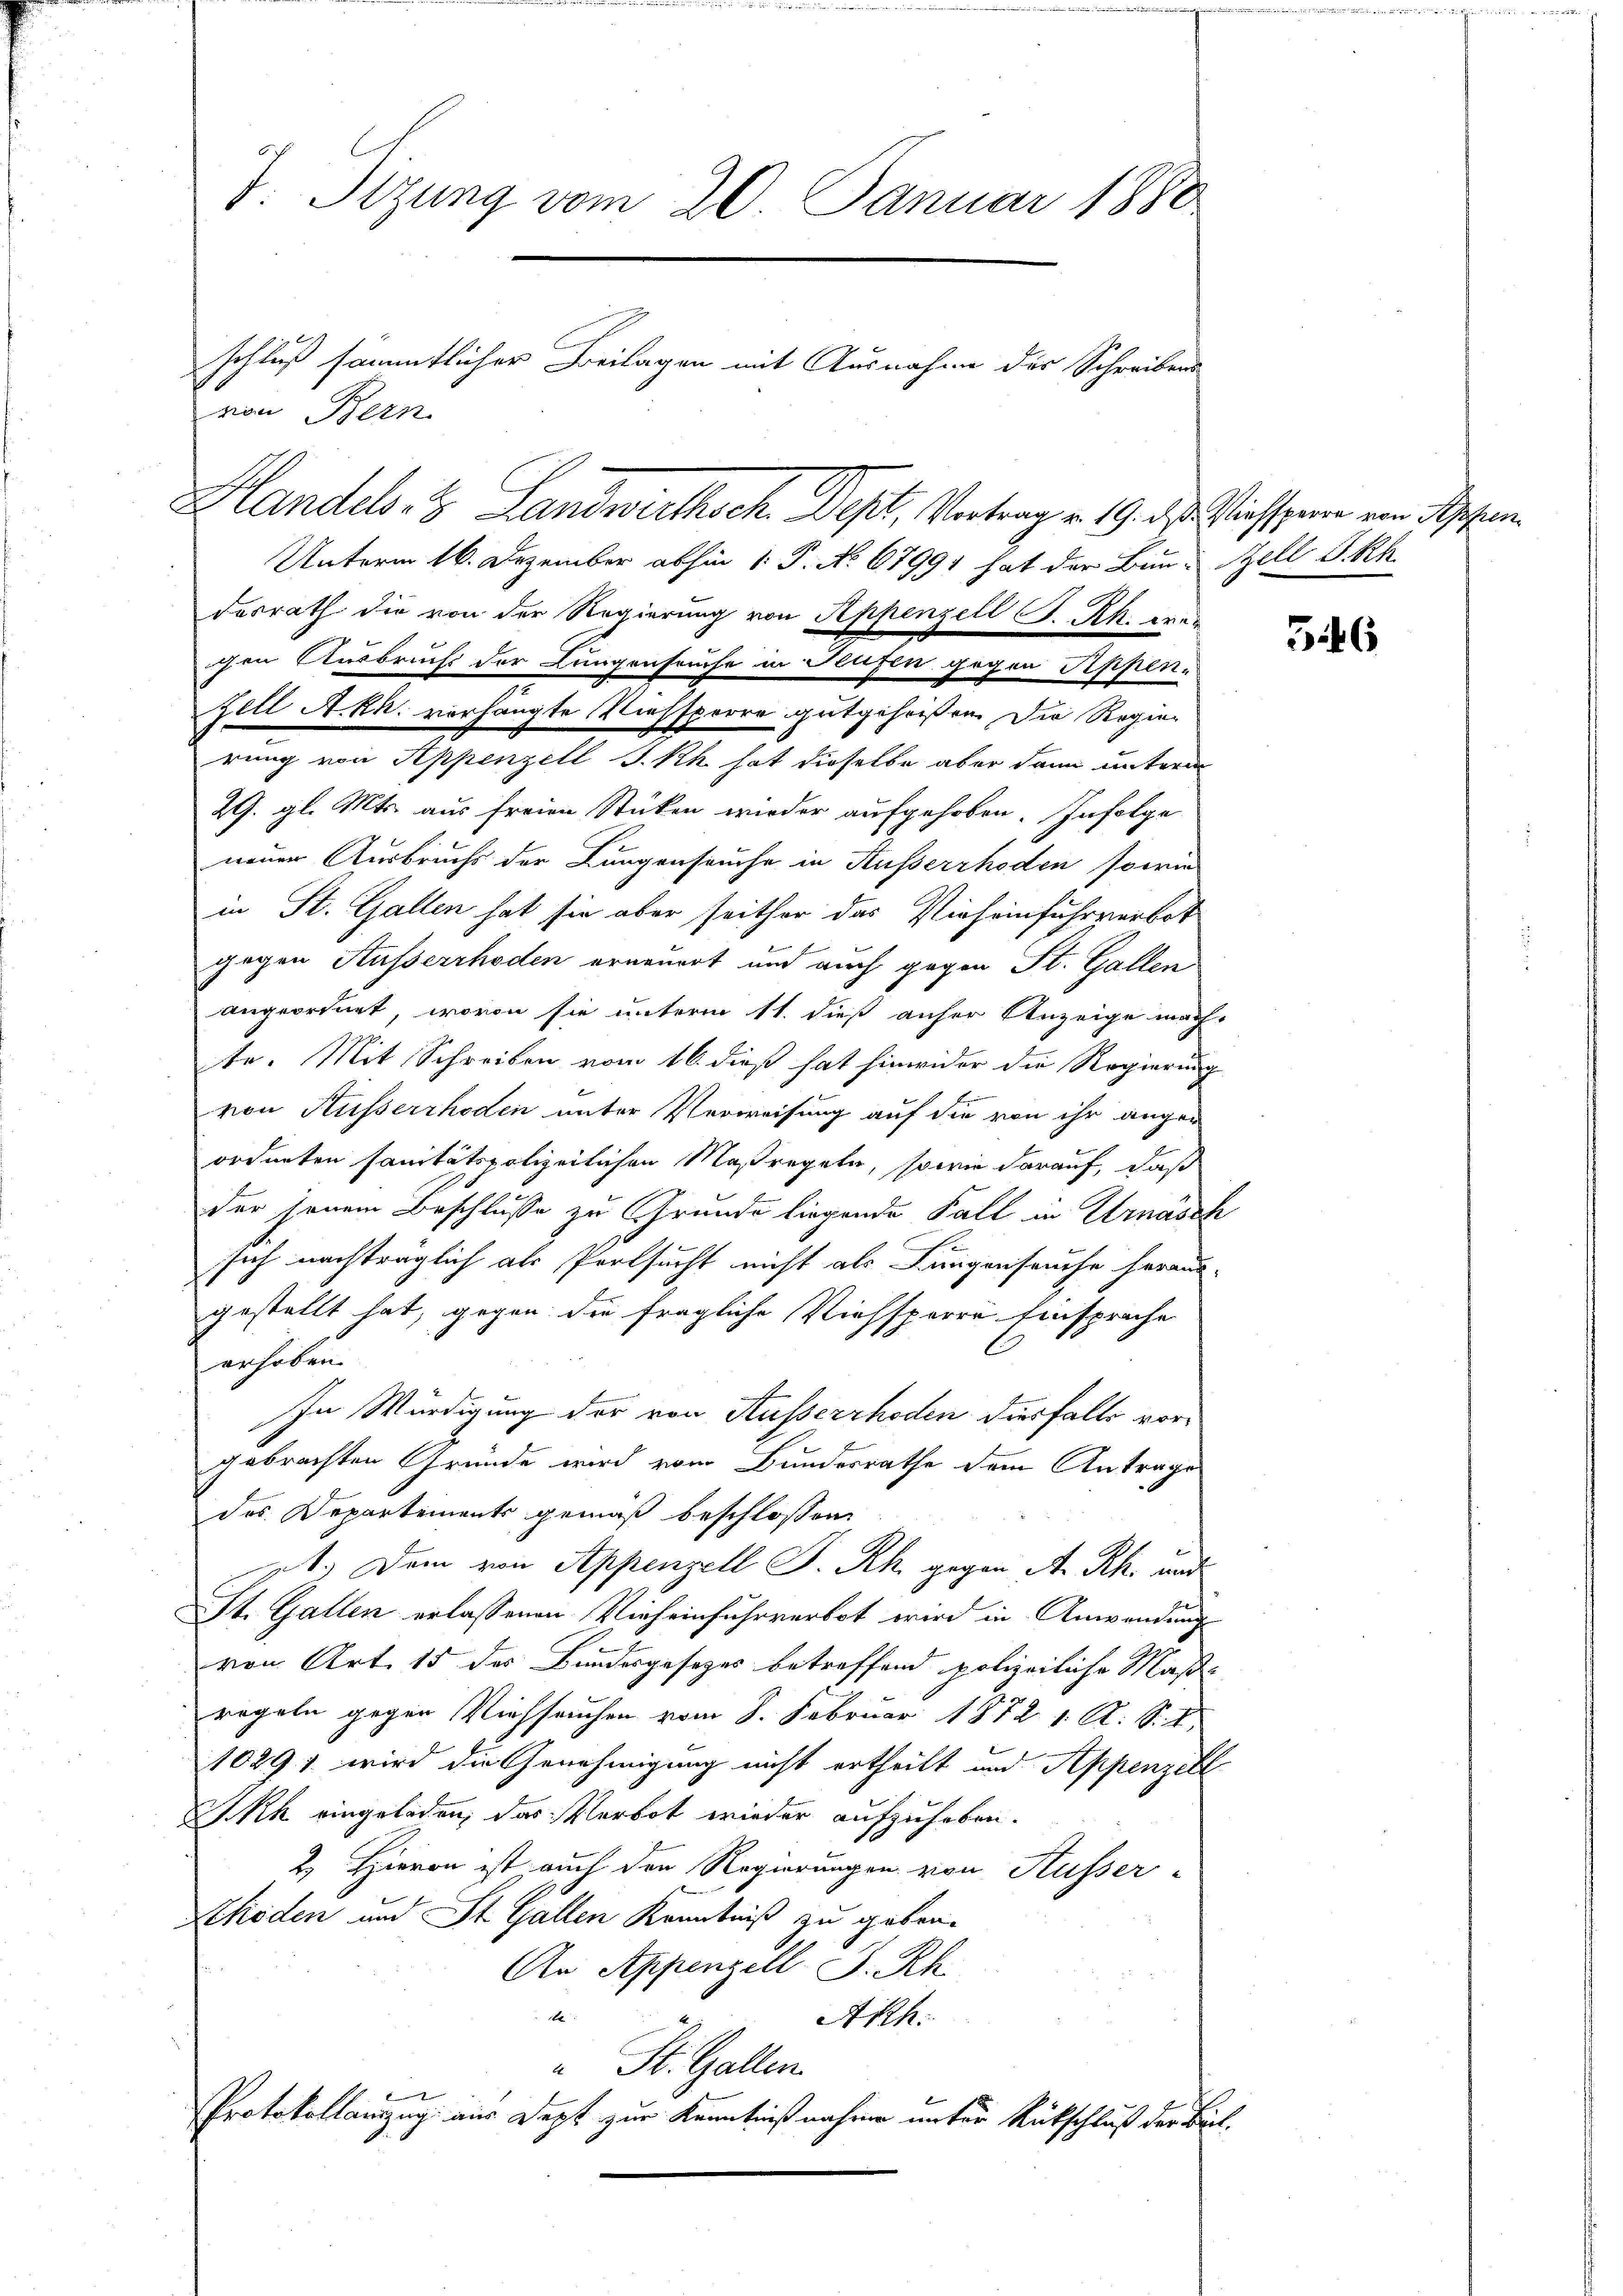
d. Sizung vom 20. Januar 1880
schluß sämmtlicher Beilagen mit Ausnahme der Schreibens
von Bern.

Handels- & Landwirthsch. Dept, Vertrag v. 19. ds. Wassene von Appen

Unterm 16. Dezember abhin 1. P. No 67991 hat der Bun-Zell I.Rh.
desrath die von der Regierung von Appenzell I.-Rk. Kre-
gen Ausbruchs der Lungenseuche in Flugen gegen Appen-
Zell A.Rh. vorhängte Niessperre gutgeheißen die Regierung von Appenzell I.Rh. hat dieselbe aber dann unterm
29. gl. Mts. aus freien Stücken wieder aufgehoben. Infolge
neuer Ausbruchs der Lungenseuche in Ausserrhoden sowie
in St. Gallen hat sie aber seither das Vieheinfuhrverbot
gegen Äusserrhoden erneuert und auch gegen St. Gallen
angeordnet, wovon sie unterm 11. dieß anher Anzeige mach
te. Mit Schreiben vom 16. dieß hat hinwider die Regierung
von Ausserrhoden unter Verweisung auf die von ihr angen
ordneten sanitätspolizeilichen Maßregeln, sowie darauf, daß
der jenem Beschlüsse zu Grunde liegende Fall in Urnasch
sich nachträglich als Partsucht nicht als Lungenseuche heraus-
gestellt hat, gegen die fragliche Viehsperre Einsprache
erhoben.
In Würdigung der von Ausserrhoden diesfalls vorgebrachten Gründe wird vom Bundesrathe dem Antrage
des Departements gemäß beschlossen:
1.) Dem von Appenzell P. Rh. gegen A. Rh. und
St. Gallen erlassenen Vieh einfuhrverbot wird in Anwendung
von Art. 15 des Bundesgesezes betreffend polizeiliche Maße
regeln gegen Viehseuchen vom 8. Februar 1872 v. R. S. 1
10291 wird die Genehmigung nicht ertheilt und Appenzell
SRh eingeladen, das Verbot wieder aufzuheben.
2.) Hievon ist auch den Regierungen von Ausser-
Rhoden und St. Gallen Kenntniß zu gebra¬
An Appenzell I.Rh.
e
Akh.
u St. Gallen.
Protokollanzug aus Dept zur Kenntnißnahme unter Rutschluß der Bul¬

546